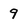
Character: 9